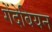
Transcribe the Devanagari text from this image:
गेंदेबियन